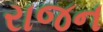
રાજન